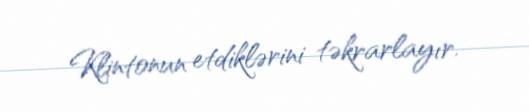
Klintonun etdiklərini təkrarlayır.